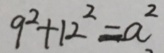
9 ^ { 2 } + 1 2 ^ { 2 } = a ^ { 2 }